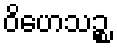
ဝိဟေသဉ္စ